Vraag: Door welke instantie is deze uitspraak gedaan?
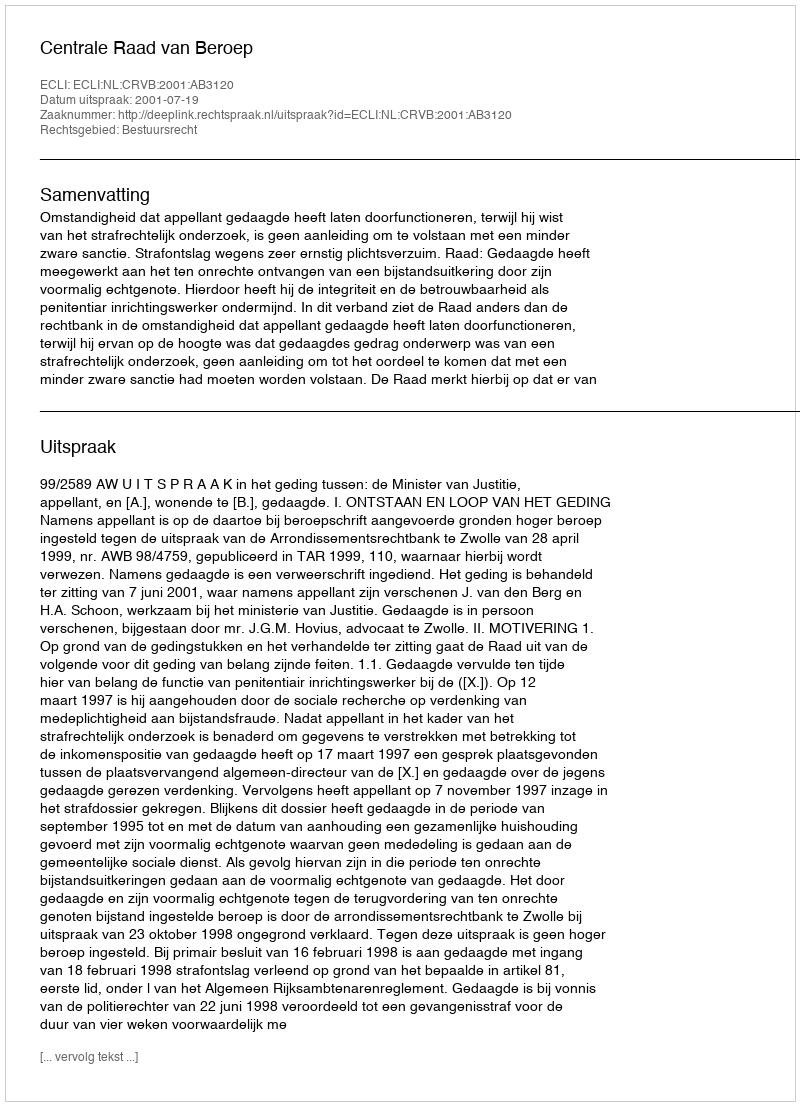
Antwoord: Centrale Raad van Beroep